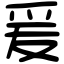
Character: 爰